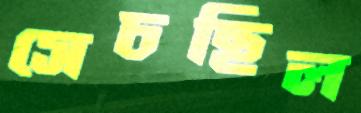
সেচছিল